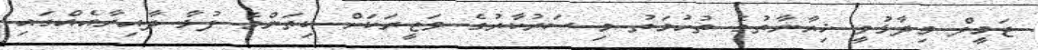
ޖަމީލް ވިދާޅުވީ ޚިޔާނާތުގެ ތުހުމަތު މި ސަރުކާރުގެ ވަޒީރަކަށް ކިތަންމެ ފުޅާ ދާއިރާއެއްގައި